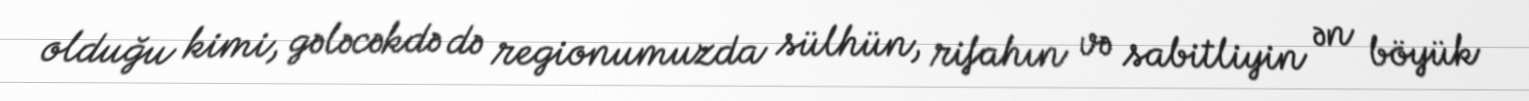
olduğu kimi, gələcəkdə də regionumuzda sülhün, rifahın və sabitliyin ən böyük